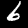
Label: 6